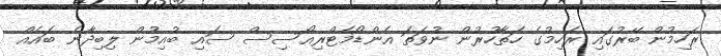
ރަހިމުން ބޭރުގައި ރަހިމުގެ ހަތާހުރުން ނުވަތަ އެންޑޯމެޓްރިއޯސިސް ސައި ބުއިމުން ލިބިދާނެ ބައެއް